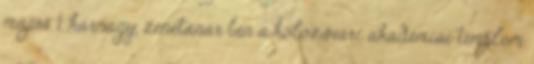
május. 1. karnagy, zenetanár ben a kolozsvári akadémiai templom